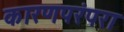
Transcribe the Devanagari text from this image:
कारणपरंपरा